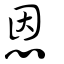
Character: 恩